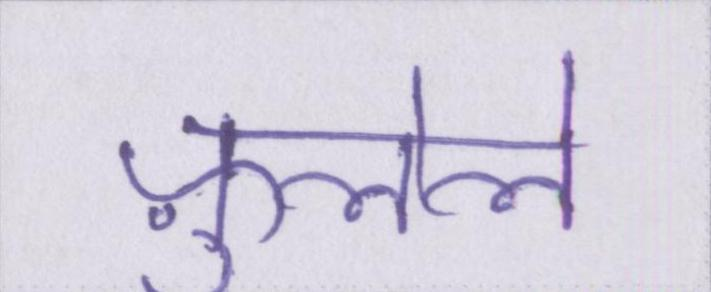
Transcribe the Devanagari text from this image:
फ़ुलेले